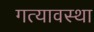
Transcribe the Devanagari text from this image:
गत्यावस्था